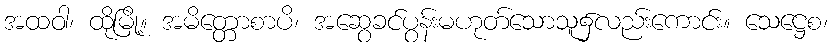
အထဝါ၊ ထိုမြို့။ အမိတ္တောစာပိ၊ အဆွေခင်ပွန်းမဟုတ်သောသူ၌လည်းကောင်း။ သေဋ္ဌေစ၊